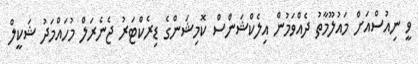
ވީ ނިއުސްއަށް މައުލޫމާތު ދެއްވަމުން އިލެކްޝަންސް ކޮމިޝަންގެ ޑިރެކްޓަރު ޖެނެރަލް މުހައްމަދު ޝަކީލް